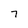
Character: 7